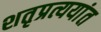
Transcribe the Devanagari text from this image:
शतृप्रत्ययांत